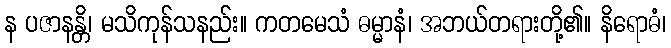
န ပဇာနန္တိ၊ မသိကုန်သနည်း။ ကတမေသံ ဓမ္မာနံ၊ အဘယ်တရားတို့၏။ နိရောဓံ၊